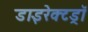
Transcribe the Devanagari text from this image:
डाइरेक्टड्रॉ